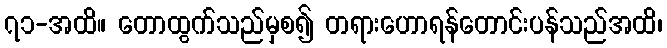
၇၁-အထိ။ တောထွက်သည်မှစ၍ တရားဟောရန်တောင်းပန်သည်အထိ၊